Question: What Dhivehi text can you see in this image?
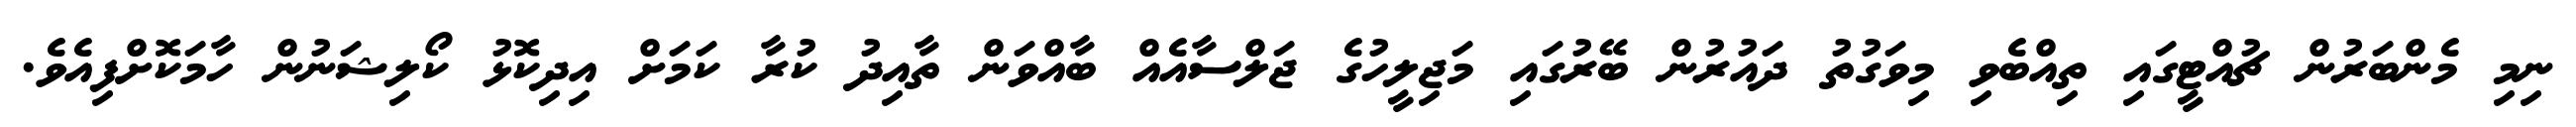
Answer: ނިމި މެންބަރުން ޗުއްޓީގައި ތިއްބެވި މިވަގުތު ދައުރުން ބޭރުގައި މަޖިލީހުގެ ޖަލްސާއެއް ބާއްވަން ތާއިދު ކުރާ ކަމަށް އިދިކޮޅު ކޯލިޝަނުން ހާމަކޮށްފިއެވެ.